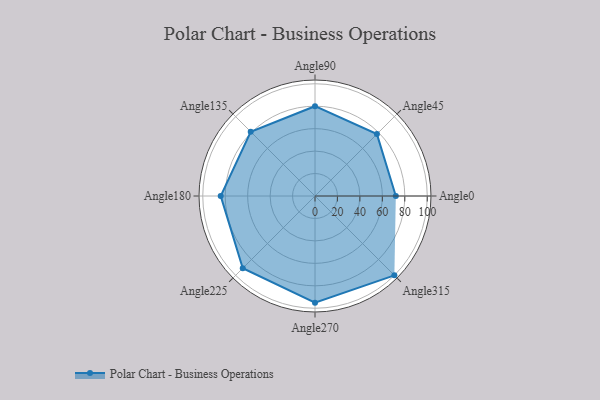
{"axis": {"x": "Angle", "y": "Radius"}, "legend": [""], "data": [{"x": "Angle0", "y": 72.0, "type": ""}, {"x": "Angle45", "y": 78.0, "type": ""}, {"x": "Angle90", "y": 80.0, "type": ""}, {"x": "Angle135", "y": 81.0, "type": ""}, {"x": "Angle180", "y": 84.0, "type": ""}, {"x": "Angle225", "y": 91.0, "type": ""}, {"x": "Angle270", "y": 95.0, "type": ""}, {"x": "Angle315", "y": 100.0, "type": ""}]}